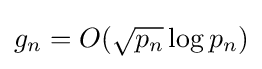
g_{n}=O({\sqrt {p_{n}}}\log p_{n})